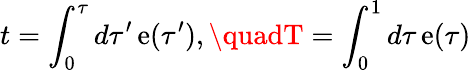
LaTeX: t=\int_{0}^{\tau}d\tau^{\prime}\, \mathrm{e}(\tau^{\prime}),\quadT=\int_{0}^{1}d\tau\, \mathrm{e}(\tau)